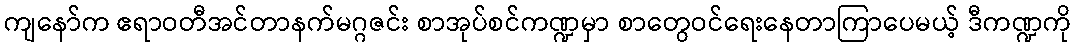
ကျနော်က ဧရာဝတီအင်တာနက်မဂ္ဂဇင်း စာအုပ်စင်ကဏ္ဍမှာ စာတွေဝင်ရေးနေတာကြာပေမယ့် ဒီကဏ္ဍကို